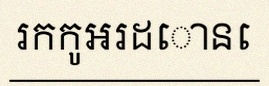
រកកូអរដោនេ